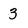
Character: 3